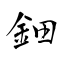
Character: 鈿